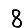
Digit: 8